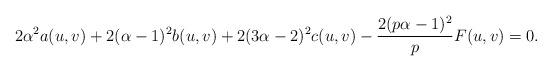
\begin{align*}2\alpha^{2}a(u,v)+2(\alpha-1)^{2}b(u,v)+2(3\alpha-2)^{2}c(u,v)-\frac{2(p\alpha-1)^{2}}{p}F(u,v)=0.\end{align*}